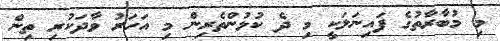
މި މުބާރާތުގެ ފައިނަލަކީ މި ދެ ކުޅުންތެރިން މި އަހަރު ވާދަކުރި ތިން